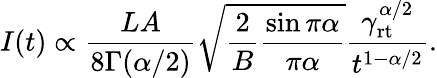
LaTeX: \begin{array}{r}{I(t)\propto\displaystyle\frac{LA}{8\Gamma(\alpha/2)}\sqrt{\frac{2}{B}\frac{\sin\pi\alpha}{\pi\alpha}}\frac{\gamma_{\mathrm{rt}}^{\alpha/2}}{t^{1-\alpha/2}}.}\end{array}